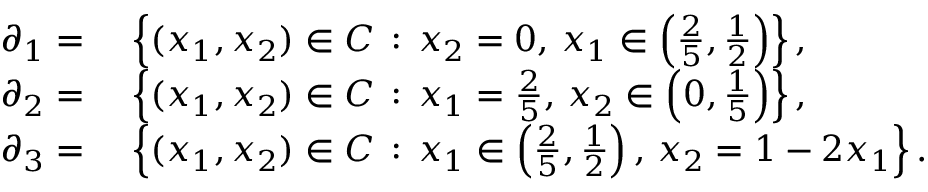
\begin{array} { r l } { \partial _ { 1 } = \ } & { \left\{ ( x _ { 1 } , x _ { 2 } ) \in C \, : \, x _ { 2 } = 0 , \, x _ { 1 } \in \left( \frac 2 5 , \frac 1 2 \right) \right\} , } \\ { \partial _ { 2 } = \ } & { \left\{ ( x _ { 1 } , x _ { 2 } ) \in C \, : \, x _ { 1 } = \frac 2 5 , \, x _ { 2 } \in \left( 0 , \frac 1 5 \right) \right\} , } \\ { \partial _ { 3 } = \ } & { \left\{ ( x _ { 1 } , x _ { 2 } ) \in C \, : \, x _ { 1 } \in \left( \frac 2 5 , \frac 1 2 \right) , \, x _ { 2 } = 1 - 2 x _ { 1 } \right\} . } \end{array}